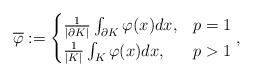
LaTeX: \begin{align*} \overline \varphi := \begin{cases}\frac{1}{|\partial K|} \int _{\partial K} \varphi (x)dx,& p=1\\\frac{1}{|{K}|} \int _{K} \varphi (x)dx,& p>1\\\end{cases},\end{align*}